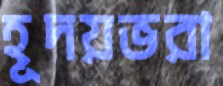
হূদয়ভরা